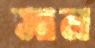
সাল